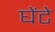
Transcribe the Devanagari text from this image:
घेंटे